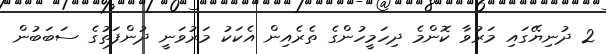
2 ދުނިޔޭގައި މަރުވާ ކޮންމެ ދިހަމީހުންގެ ތެރެއިން އެކަކު މަރުވަނީ ދުންފަތުގެ ސަބަބުން